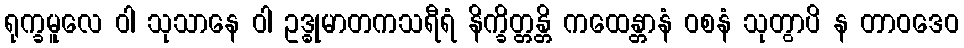
ရုက္ခမူလေ ဝါ သုသာနေ ဝါ ဥဒ္ဓုမာတကသရီရံ နိက္ခိတ္တန္တိ ကထေန္တာနံ ဝစနံ သုတွာပိ န တာဝဒေဝ